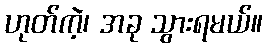
ဟုတ်ကဲ့၊ အခု သွားရမယ်။